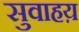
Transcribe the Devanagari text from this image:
सुवाहय़